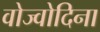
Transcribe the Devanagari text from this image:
वोज्वोदिना